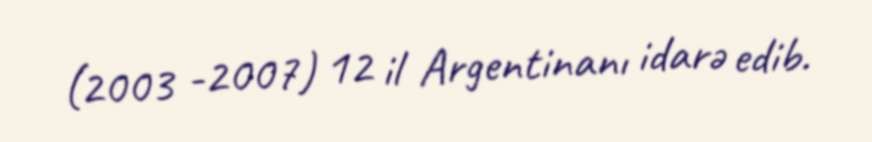
(2003 -2007) 12 il Argentinanı idarə edib.